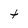
Character: t